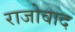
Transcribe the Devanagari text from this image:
राजोवाद